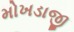
મોખડાજી